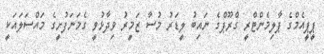
ޕީޕީއެމްގެ ޕާލިމެންޓްރީ ގްރޫޕްގެ ނައިބު ލީޑަރު މުސާ ޒަމީރު ވިދާޅުވީ ގެމަނަފުށީގެ މައްސަލައަކީ